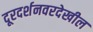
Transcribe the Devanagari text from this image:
दूरदर्शनवरदेखील